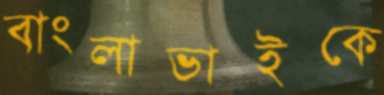
বাংলাভাইকে